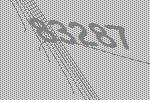
83287